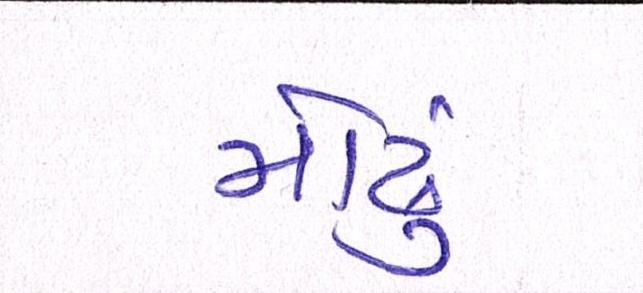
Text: મોઢું